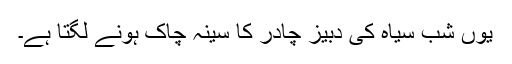
یوں شب سیاہ کی دبیز چادر کا سینہ چاک ہونے لگتا ہے۔